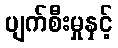
ပျက်စီးမှုနှင့်